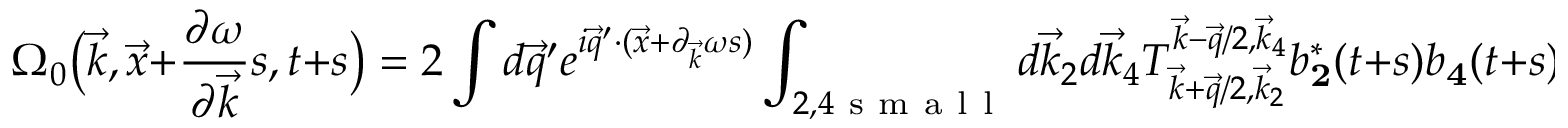
\Omega _ { 0 } \big ( \vec { k } , \vec { x } + \frac { \partial \omega } { \partial \vec { k } } s , t + s \big ) = 2 \int d \vec { q } ^ { \prime } e ^ { i \vec { q } ^ { \prime } \cdot ( \vec { x } + \partial _ { \vec { k } } \omega s ) } \int _ { 2 , 4 \mathrm { ~ s ~ m ~ a ~ l ~ l ~ } } d \vec { k } _ { 2 } d \vec { k } _ { 4 } T _ { \vec { k } + \vec { q } / 2 , \vec { k } _ { 2 } } ^ { \vec { k } - \vec { q } / 2 , \vec { k } _ { 4 } } b _ { \mathbf 2 } ^ { * } ( t + s ) b _ { \mathbf 4 } ( t + s ) \delta ( \vec { q } ^ { \prime } + \vec { k } _ { 2 } - \vec { k } _ { 4 } )